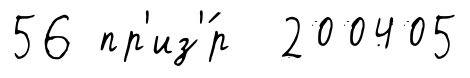
56 пр'из'́р 200405